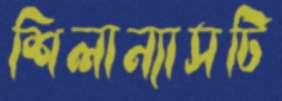
শিলান্যাসটি